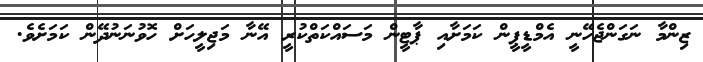
ޒިންމާ ނަގަންޖެހޭނީ އެމްޑީޕީން ކަމަށާއި ޕާޓީން މަސައްކަތްކުރީ އޭނާ މަޖިލީހަށް ހޮވުނަނުދޭން ކަމަށެވެ.